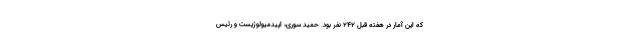
که این آمار در هفته قبل ۲۴۲ نفر بود. حمید سوری، اپیدمیولوژیست و رئیس